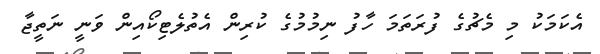
އެކަމަކު މި މެޗުގެ ފުރަތަމަ ހާފު ނިމުމުގެ ކުރިން އެތުލެޓިކޯއިން ވަނީ ނަތީޖާ